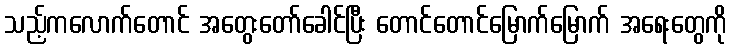
သည့်ကလောက်တောင် အတွေးတော်ခေါင်ပြီး တောင်တောင်မြောက်မြောက် အရေးတွေကို